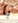
يا